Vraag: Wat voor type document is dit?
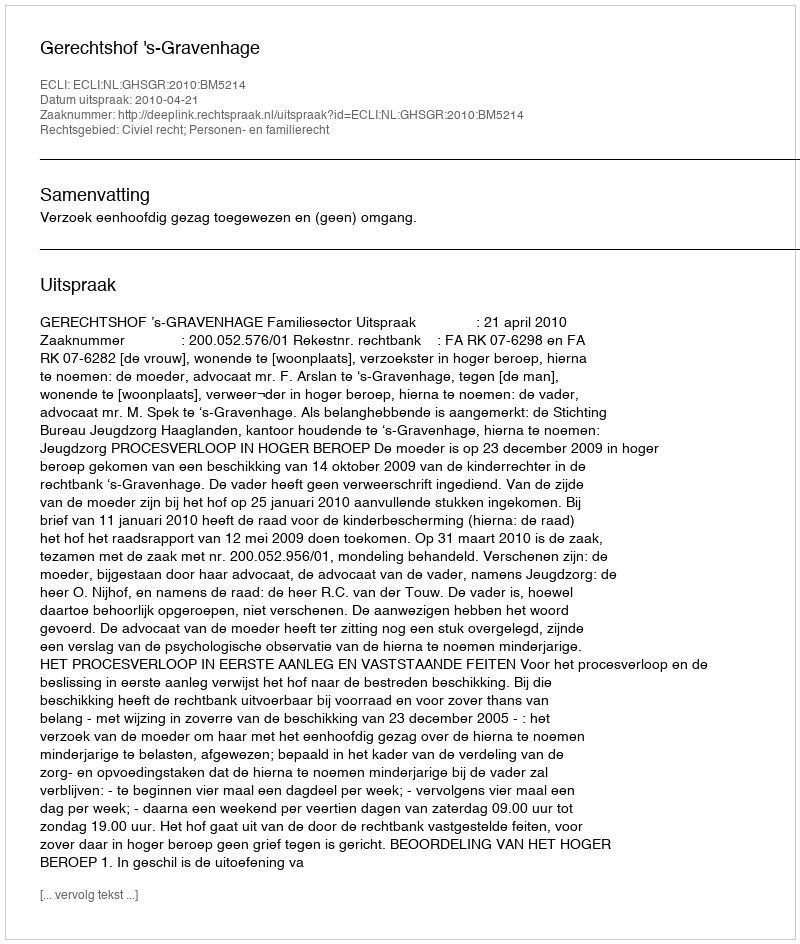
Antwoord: Uitspraak